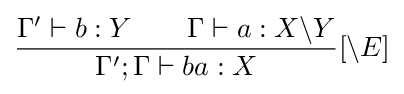
{\frac {\Gamma '\vdash b:Y\qquad \Gamma \vdash a:X\backslash Y}{\Gamma ';\Gamma \vdash ba:X}}[\backslash E]